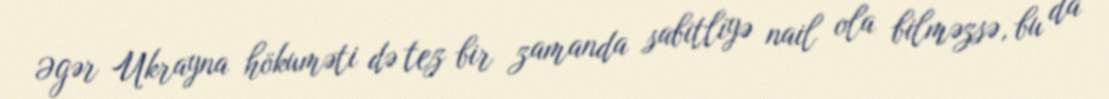
Əgər Ukrayna hökuməti də tez bir zamanda sabitliyə nail ola bilməzsə, bu da